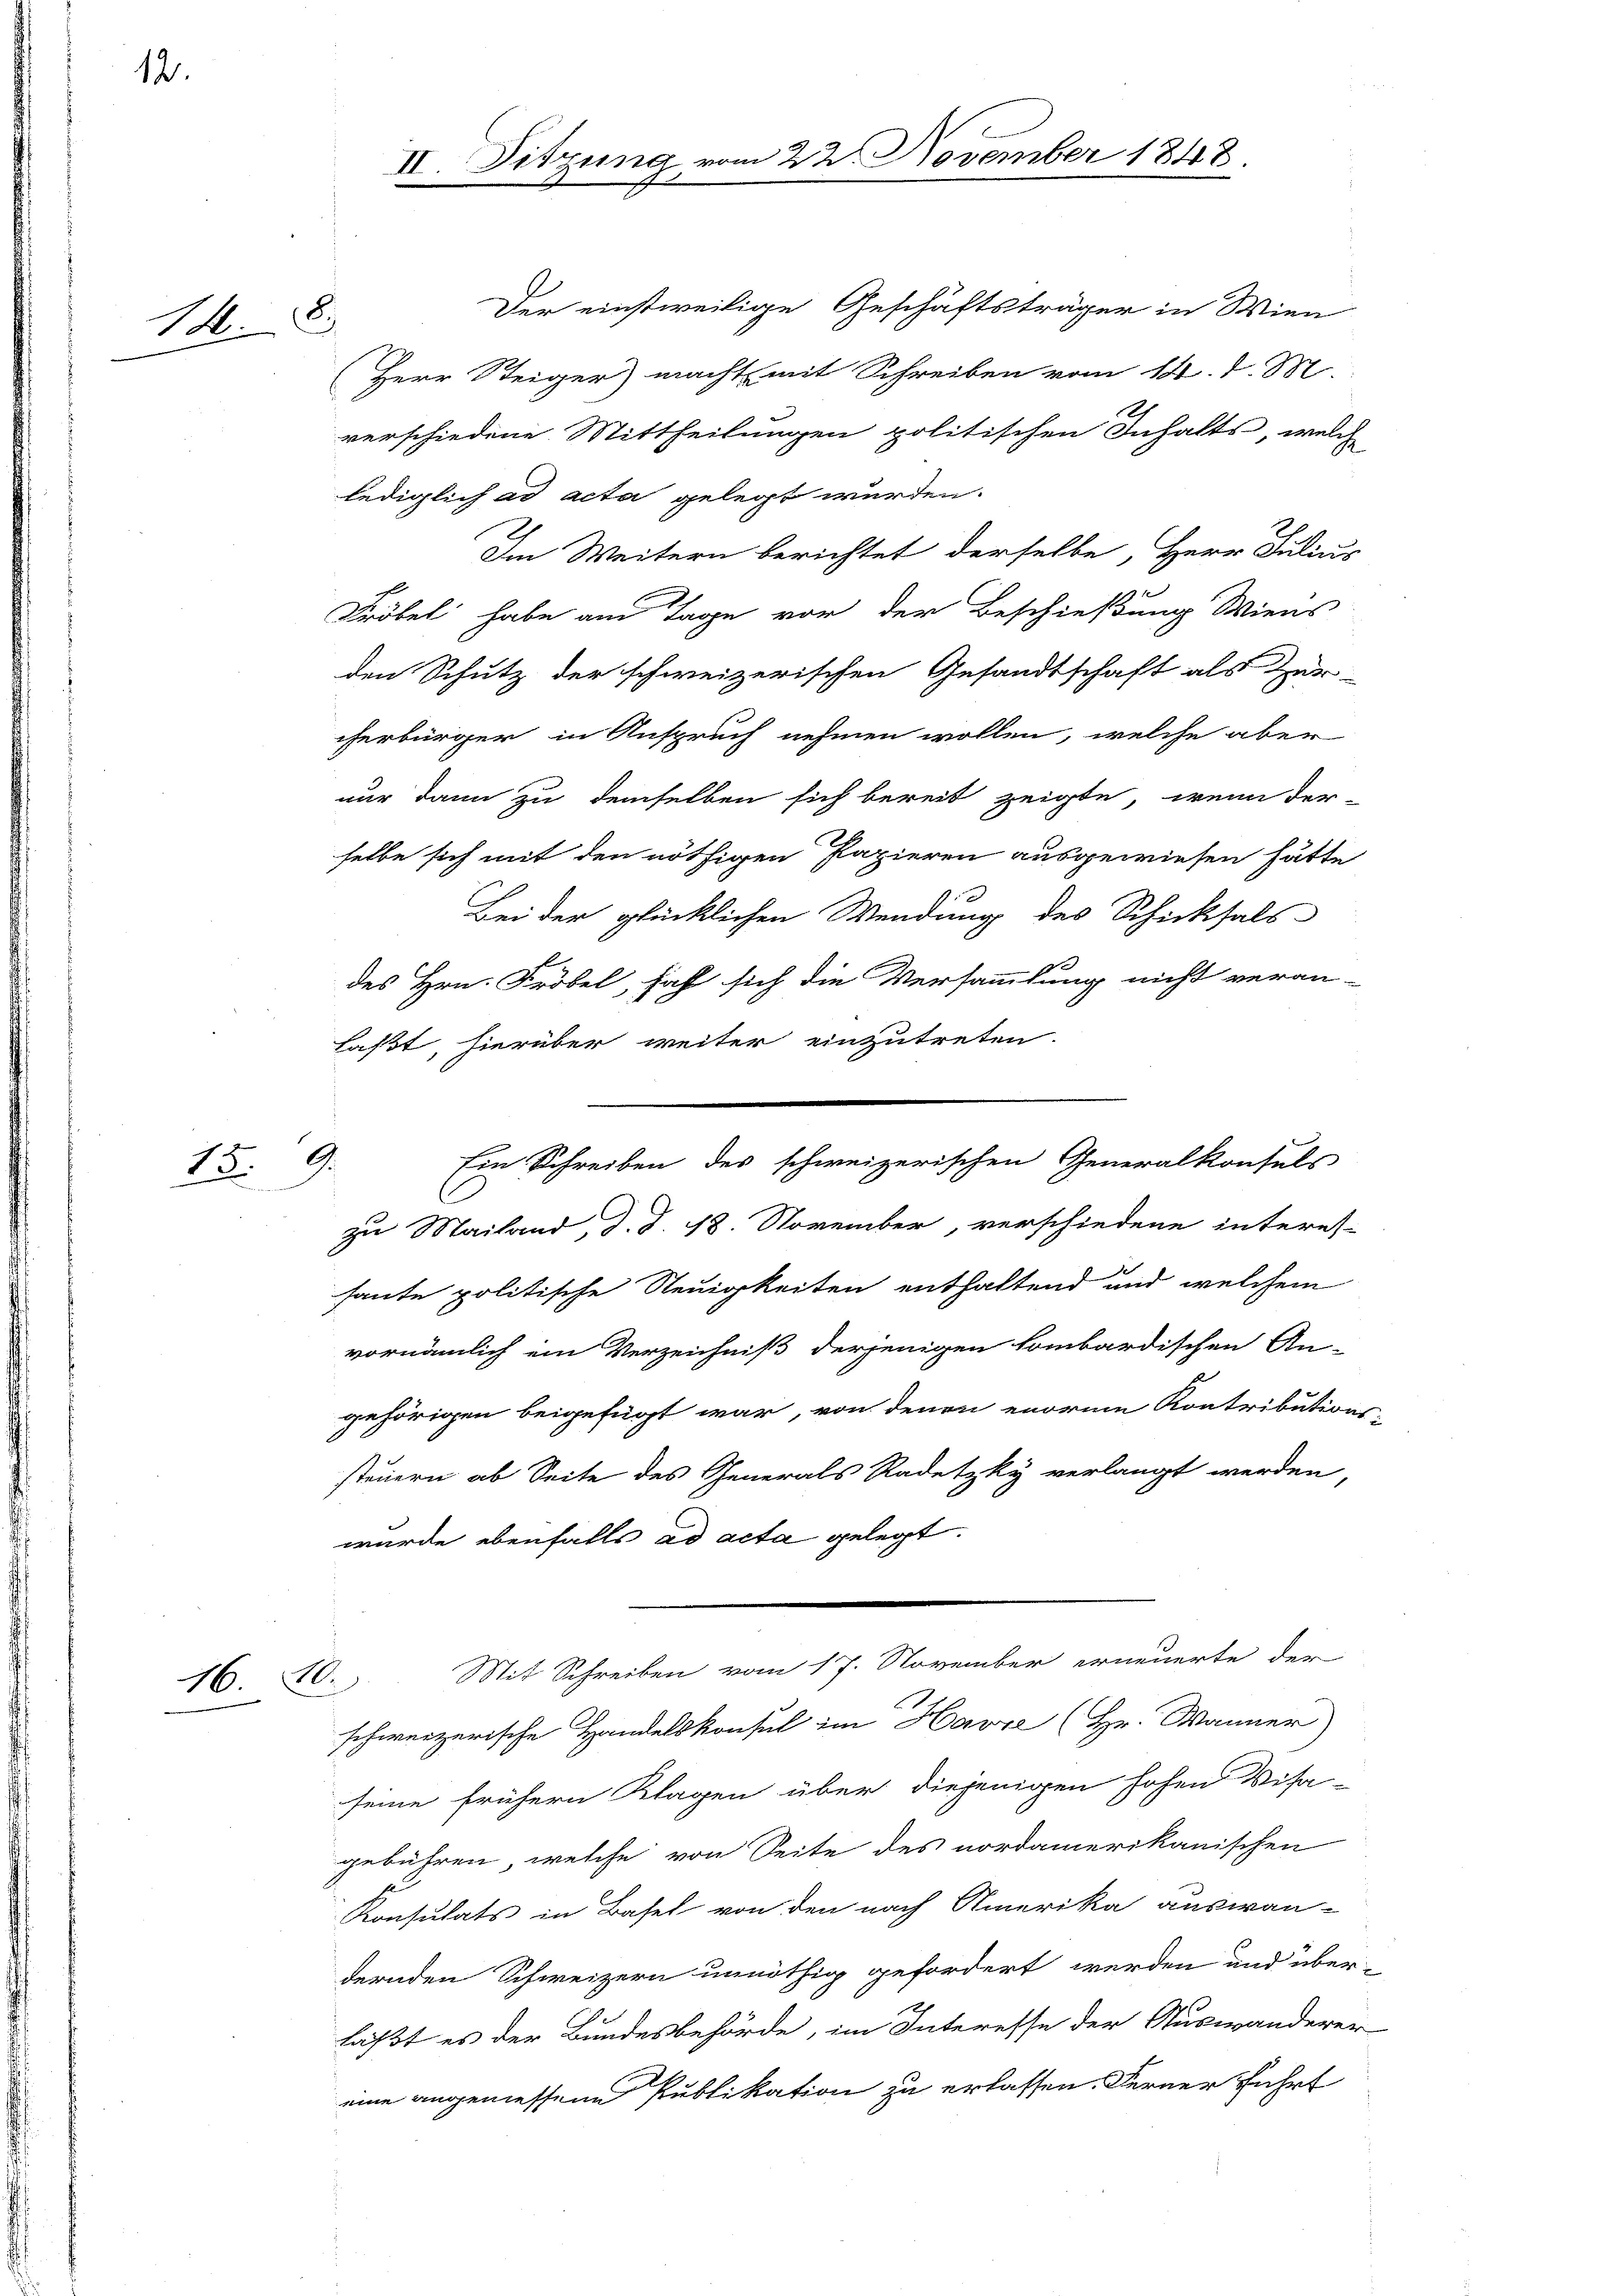
12.

8.
1.

15.

1670.

9.

II. Sitzung vom 22 November 1848.

des Hrn. Fröbel, haft sich die Versammlung nicht veran-
laßt, hierüber weiter einzutreten.
Ein Schreiben des schweizerischen Generalkonsuls
zu Mailand, d. d. 18. November, verschiedene interes-
haute politische Neuigkeiten enthaltend und welchem
vornämlich ein Verzeichniß derjenigen kombardischen An-
gehörigen beigefügt war, von denen enorme Kontributions-
steuern ab Seite des Generals Radetzky verlangt werden,
wurde ebenfalls ad acta gelegt.
Mit Schreiben vom 17. November erneuerte der
schweizerische Handelskonsul im Havre (Hr. Wanner)
seine frühern Klagen über diejenigen hohen Visa-
gebühren, welche von Seite des nordamerikanischen
Konsulats in Basel von den nach Amerika auswan-
dernden Schweizern unnöthig gefordert werden und über-
läßt es der Bundesbehörde, im Interesse der Auswanderer
eine angemessene Publikation zu erlassen. Ferner führt

Der einstweilige Geschäftsträger in Wien
(Herr Steiger) macht mit Schreiben vom 14. d. M.
verschiedene Mittheilungen politischen Inhalts, welch
lediglich ad acta gelegt würden.
Im Weitern berichtet derselbe, Herr Julius
Fröbel habe am Tage vor der Beschießung Wiens
den Schutz der schweizerischen Gesandtschaft als Zer-
cherbürger in Anspruch nehmen wollen, welche aber
nur dann zu demselben sich bereit zeigte, wenn der-
selbe sich mit den nöthigen Papieren ausgewiesen hätte
Bei der glücklichen Wendung des Schicksals